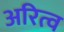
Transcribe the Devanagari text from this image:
अरित्व